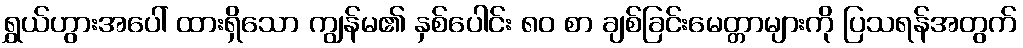
ရွှယ်ဟွားအပေါ် ထားရှိသော ကျွန်မ၏ နှစ်ပေါင်း ၈၀ စာ ချစ်ခြင်းမေတ္တာများကို ပြသရန်အတွက်